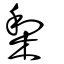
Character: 棃